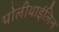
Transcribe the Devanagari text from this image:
पोलीथाईलिन